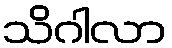
သိဂါလာ